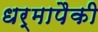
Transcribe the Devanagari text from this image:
धर्मापैकी